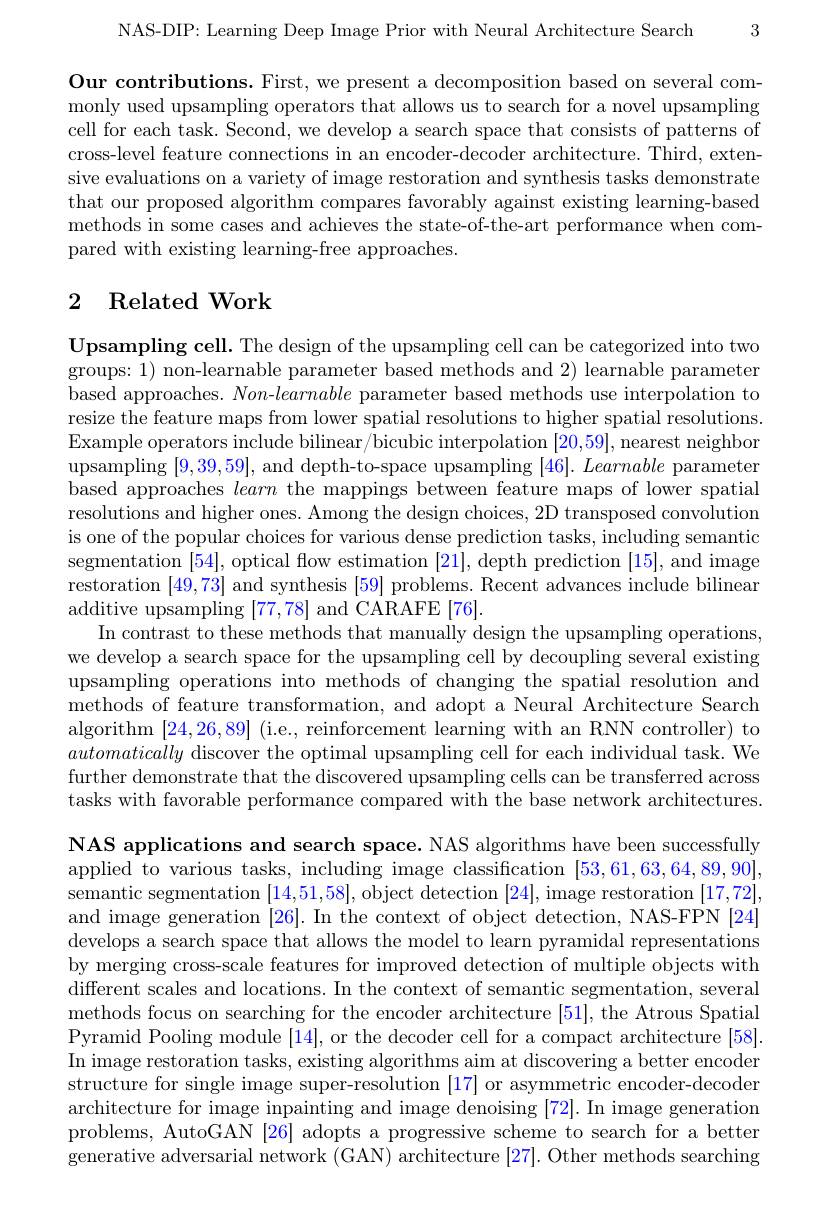
3

NAS-DIP: Learning Deep Image Prior with Neural Architecture Search

Our contributions. First, we present a decomposition based on several commonly used upsampling operators that allows us to search for a novel upsampling cell for each task. Second, we develop a search space that consists of patterns of cross-level feature connections in an encoder-decoder architecture. Third, extensive evaluations on a variety of image restoration and synthesis tasks demonstrate that our proposed algorithm compares favorably against existing learning-based methods in some cases and achieves the state-of-the-art performance when compared with existing learning-free approaches

# 2 Related Work

$\textbf{Upsampling cell. The design of the upsampling cell can be categorized into two}$ groups: 1) non-learnable parameter based methods and 2) learnable parameter based approaches. $Non-learnable$ parameter based methods use interpolation to resize the feature maps from lower spatial resolutions to higher spatial resolutions. Example operators include bilinear/bicubic interpolation [20,59],nearest neighbor upsampling [9,39,59], and depth-to-space upsampling $[ 46] . \textit{ Learnable parameter}$ based approaches learn the mappings between feature maps of lower spatial resolutions and higher ones. Among the design choices, 2D transposed convolution is one of the popular choices for various dense prediction tasks, including semantic segmentation [54], optical flow estimation [21], depth prediction [15], and image restoration [49,73] and synthesis [59] problems. Recent advances include bilinear additive upsampling [77,78] and CARAFE [76].
In contrast to these methods that manually design the upsampling operations, we develop a search space for the upsampling cell by decoupling several existing upsampling operations into methods of changing the spatial resolution and methods of feature transformation, and adopt a Neural Architecture Search algorithm [24,26,89] (i.e., reinforcement learning with an RNN controller) to automatically discover the optimal upsampling cell for each individual task. We further demonstrate that the discovered upsampling cells can be transferred across tasks with favorable performance compared with the base network architectures. NAS applications and search space. NAS algorithms have been successfully applied to various tasks, including image classification [53,61,63,64,89,90] semantic segmentation [14,51,58], object detection [24], image restoration [17,72], and image generation [26]. In the context of object detection, NAS-FPN [24] develops a search space that allows the model to learn pyramidal representations by merging cross-scale features for improved detection of multiple objects with different scales and locations. In the context of semantic segmentation, several methods focus on searching for the encoder architecture [51], the Atrous Spatial Pyramid Pooling module [14], or the decoder cell for a compact architecture [58]. In image restoration tasks, existing algorithms aim at discovering a better encoder structure for single image super-resolution [17] or asymmetric encoder-decoder architecture for image inpainting and image denoising [72]. In image generation problems, AutoGAN [26] adopts a progressive scheme to search for a better generative adversarial network (GAN) architecture [27]. Other methods searching